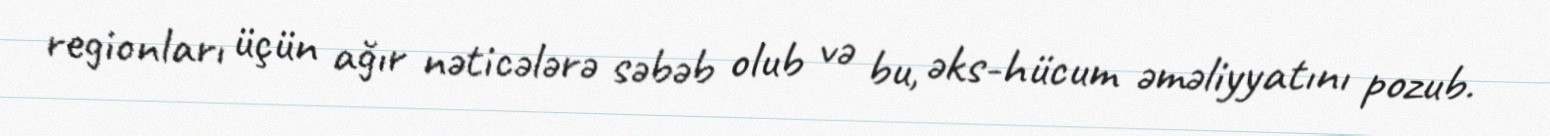
regionları üçün ağır nəticələrə səbəb olub və bu, əks-hücum əməliyyatını pozub.